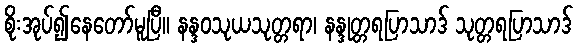
စိုးအုပ်၍နေတော်မူပြီ။ နန္ဒဝသုယသုတ္တရာ၊ နန္ဒုတ္တရပြာသာဒ် သုတ္တရပြာသာဒ်